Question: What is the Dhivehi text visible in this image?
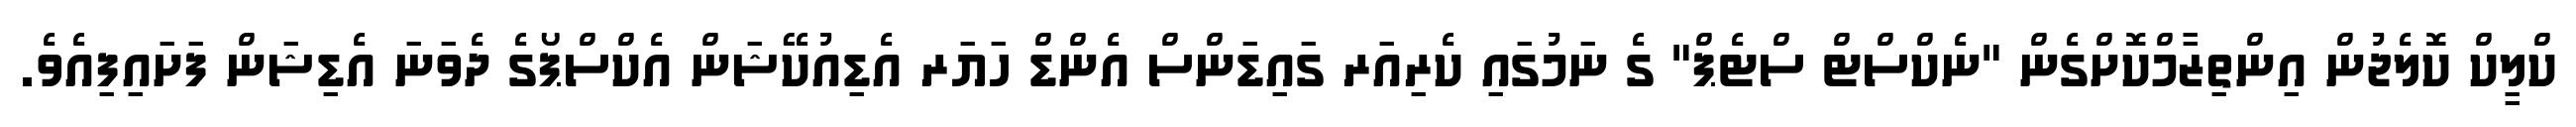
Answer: ކްލީކް ކޮލެޖުން އިންތިޒާމްކޮށްގެން "ނެކްސްޓް ސްޓެޕް" ގެ ނަމުގައި ކެރިއަރ ގައިޑަންސް އެންޑް ހަޔަރ އެޑިއުކޭޝަން އެކްސްޕޯގެ ދެވަނަ އެޑިޝަން ފަށައިފިއެވެ.